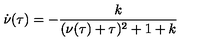
\dot { \nu } ( \tau ) = - { \frac { k } { ( \nu ( \tau ) + \tau ) \sp 2 + 1 + k } }